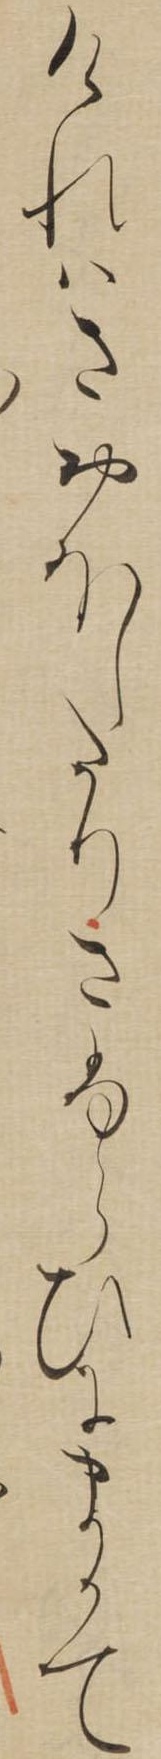
けれはさおほしたりさふらひにまかて